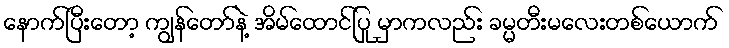
နောက်ပြီးတော့ ကျွန်တော်နဲ့ အိမ်ထောင်ပြု မှာကလည်း ခမ္မတီးမလေးတစ်ယောက်